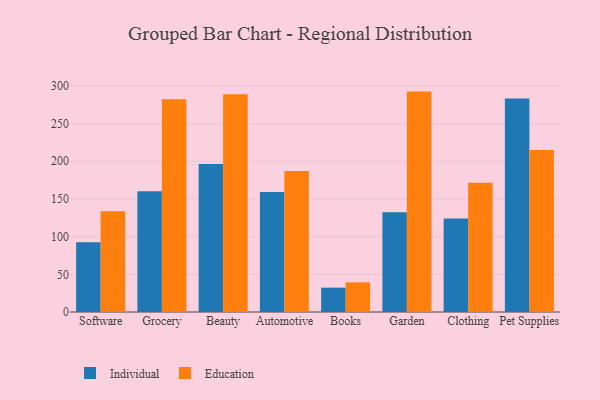
{"axis": {"x": "Category", "y": "Shipments"}, "legend": ["Education", "Individual"], "data": [{"x": "Software", "y": 92.6, "type": "Individual"}, {"x": "Software", "y": 133.6, "type": "Education"}, {"x": "Grocery", "y": 160.2, "type": "Individual"}, {"x": "Grocery", "y": 282.4, "type": "Education"}, {"x": "Beauty", "y": 196.2, "type": "Individual"}, {"x": "Beauty", "y": 288.8, "type": "Education"}, {"x": "Automotive", "y": 159.2, "type": "Individual"}, {"x": "Automotive", "y": 187.2, "type": "Education"}, {"x": "Books", "y": 32.3, "type": "Individual"}, {"x": "Books", "y": 39.3, "type": "Education"}, {"x": "Garden", "y": 132.3, "type": "Individual"}, {"x": "Garden", "y": 292.4, "type": "Education"}, {"x": "Clothing", "y": 123.9, "type": "Individual"}, {"x": "Clothing", "y": 171.4, "type": "Education"}, {"x": "Pet Supplies", "y": 283.3, "type": "Individual"}, {"x": "Pet Supplies", "y": 214.8, "type": "Education"}]}